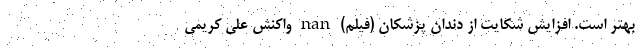
بهتر است. افزایش شکایت از دندان پزشکان (فیلم) nan واکنش علی کریمی